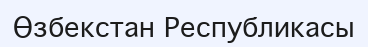
Өзбекстан Республикасы